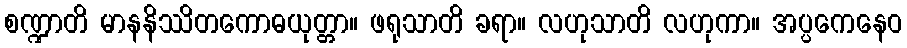
စဏ္ဍာတိ မာနနိဿိတကောဓယုတ္တာ။ ဖရုသာတိ ခရာ။ လဟုသာတိ လဟုကာ။ အပ္ပကေနေဝ